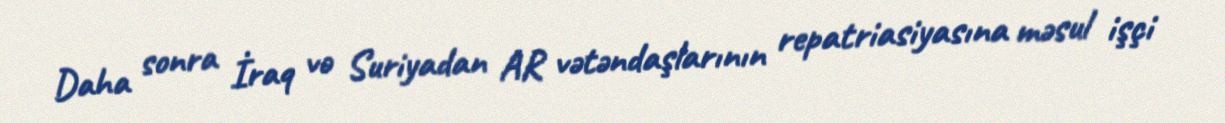
Daha sonra İraq və Suriyadan AR vətəndaşlarının repatriasiyasına məsul işçi